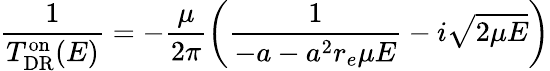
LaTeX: \frac{1}{T_{\mathrm{DR}}^{\mathrm{on}}(E)}=-\frac{\mu}{2\pi}\left(\frac{1}{-a-a^{2}r_{e}\mu E}-i\sqrt{2\mu E}\right)